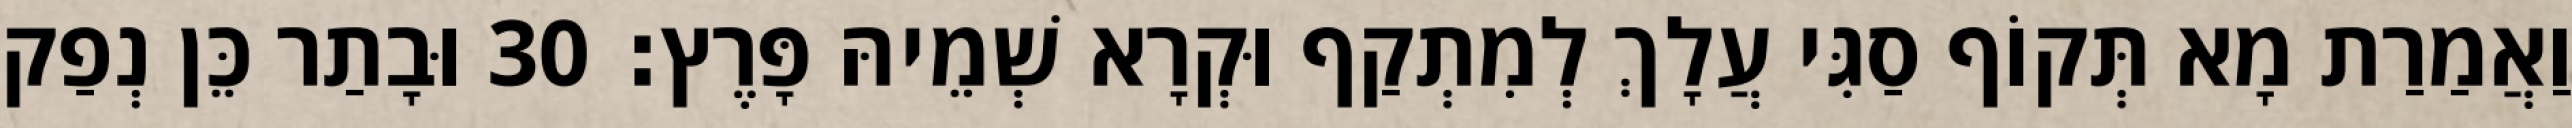
וַאֲמַרַת מָא תְּקוֹף סַגִּי עֲלָךְ לְמִתְקַף וּקְרָא שְׁמֵיהּ פָּרֶץ׃ 30 וּבָתַר כֵּן נְפַק